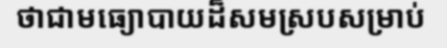
ថាជាមធ្យោបាយដ៏សមស្របសម្រាប់